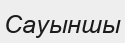
Сауыншы